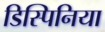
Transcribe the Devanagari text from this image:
डिस्पिनिया